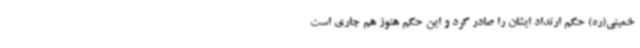
خمینی(ره) حکم ارتداد ایشان را صادر کرد و این حکم هنوز هم جاری است